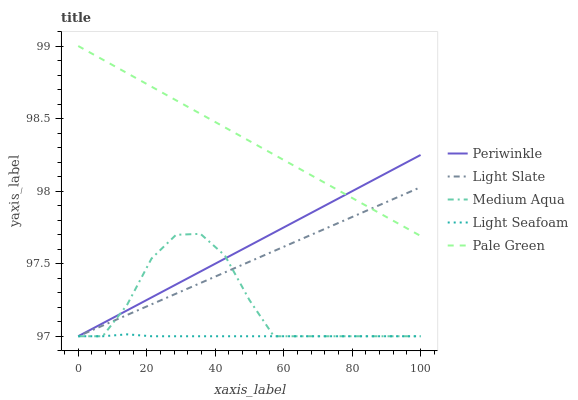
| xaxis_label | Periwinkle | Light Slate | Medium Aqua | Light Seafoam | Pale Green |
 | --- | --- | --- | --- | --- | --- |
 | 0 | 97 | 97 | 97 | 97 | 99 |
 | 7.14 | 97.1 | 97.1 | 97 | 97 | 98.9 |
 | 14.3 | 97.2 | 97.1 | 97.2 | 97 | 98.8 |
 | 21.4 | 97.3 | 97.2 | 97.5 | 97 | 98.7 |
 | 28.6 | 97.4 | 97.3 | 97.7 | 97 | 98.6 |
 | 35.7 | 97.4 | 97.4 | 97.7 | 97 | 98.5 |
 | 42.9 | 97.5 | 97.4 | 97.6 | 97 | 98.4 |
 | 50 | 97.6 | 97.5 | 97.2 | 97 | 98.3 |
 | 57.1 | 97.7 | 97.6 | 97 | 97 | 98.3 |
 | 64.3 | 97.8 | 97.7 | 97 | 97 | 98.2 |
 | 71.4 | 97.9 | 97.7 | 97 | 97 | 98.1 |
 | 78.6 | 98 | 97.8 | 97 | 97 | 98 |
 | 85.7 | 98.1 | 97.9 | 97 | 97 | 97.9 |
 | 92.9 | 98.2 | 98 | 97 | 97 | 97.8 |
 | 100 | 98.2 | 98 | 97 | 97 | 97.7 |